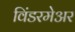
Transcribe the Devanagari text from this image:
विंडरमेअर